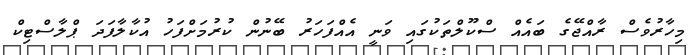
މިހާރުވެސް ރާއްޖޭގެ ބައެއް ސްކޫލްތަކުގައި ވަނީ އެއްފަހަރު ބޭނުން ކުރުމަށްފަހު އުކާލާފަދަ ޕްލާސްޓިކް